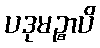
ပဒုမဉ္စာပိ